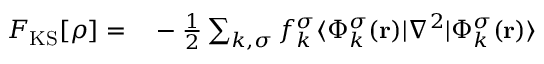
\begin{array} { r l } { F _ { \mathrm { K S } } [ { \boldsymbol \rho } ] = } & { { } - \frac { 1 } { 2 } \sum _ { k , \sigma } f _ { k } ^ { \sigma } \langle \Phi _ { k } ^ { \sigma } ( { \bf r } ) \vert \nabla ^ { 2 } \vert \Phi _ { k } ^ { \sigma } ( { \bf r } ) \rangle } \end{array}